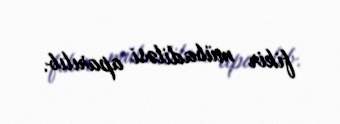
fikir mübadiləsi aparılıb.